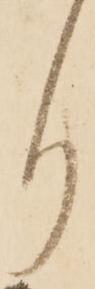
り